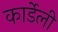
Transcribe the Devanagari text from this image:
कार्डेली